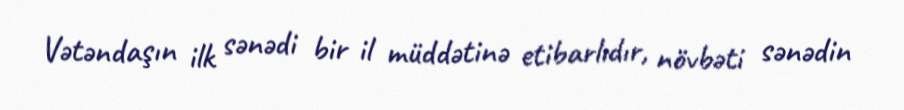
Vətəndaşın ilk sənədi bir il müddətinə etibarlıdır, növbəti sənədin